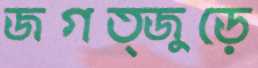
জগত্জুড়ে